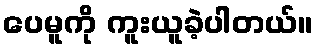
ပေမူကို ကူးယူခဲ့ပါတယ်။